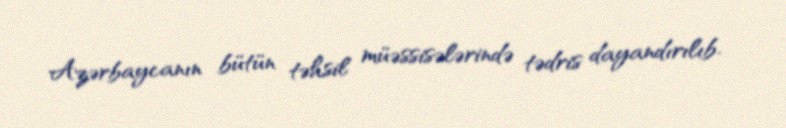
Azərbaycanın bütün təhsil müəssisələrində tədris dayandırılıb.